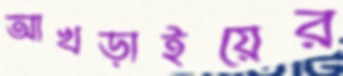
আখড়াইয়ের